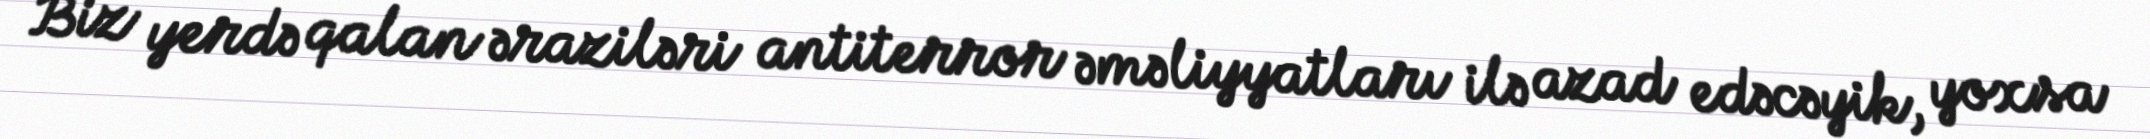
Biz yerdə qalan əraziləri antiterror əməliyyatları ilə azad edəcəyik, yoxsa